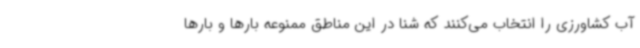
آب کشاورزی را انتخاب می‌کنند که شنا در این مناطق ممنوعه بارها و بارها